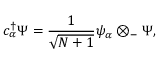
c _ { \alpha } ^ { \dagger } \Psi = { \frac { 1 } { \sqrt { N + 1 } } } \psi _ { \alpha } \otimes _ { - } \Psi ,